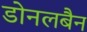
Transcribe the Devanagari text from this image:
डोनलबैन